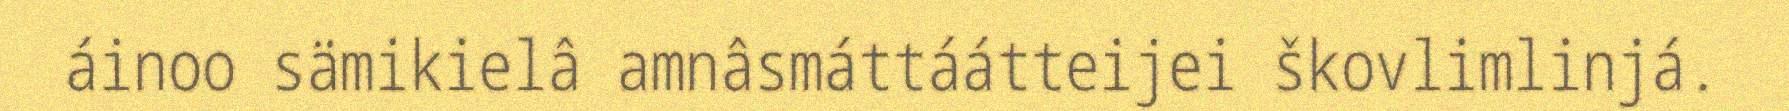
áinoo sämikielâ amnâsmáttáátteijei škovlimlinjá.